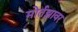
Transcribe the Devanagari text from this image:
मोर्तझावर